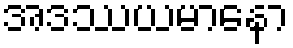
အဒဿယမာနော